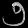
Digit: ၅